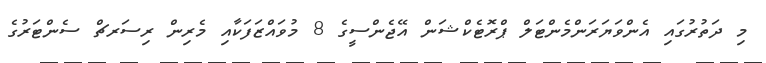
މި ދަތުރުގައި އެންވަޔަރަންމެންޓަލް ޕްރޮޓެކްޝަން އޭޖެންސީގެ 8 މުވައްޒަފަކާއި މެރިން ރިސަރޗް ސެންޓަރުގެ